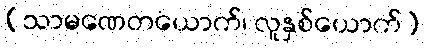
(သာမဏေတယောက်၊ လူနှစ်ယောက်)